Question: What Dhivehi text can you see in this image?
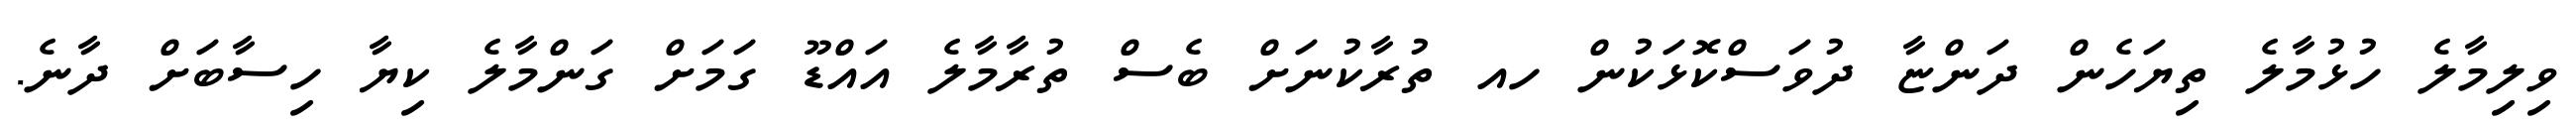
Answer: ވިލިމާލެ ހުޅުމާލެ ތިޔަހެން ދަންޏާ ދުވަސްކޮޅަކުން ހއ ތުރާކުނަށް ބެސް ތުރާމާލެ އައްޑޫ ގަމަށް ގަންމާލެ ކިޔާ ހިސާބަށް ދާނެ.